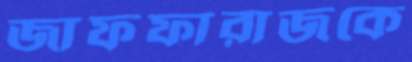
জাফফারাজকে